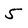
Character: 5